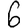
Digit: 6